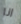
انا